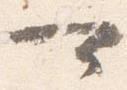
可